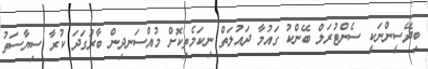
ބިދޭސީންނަކީ ސެންޓުރަލް ބޭންކު ގައުމާ ދައުލަތް ނިކަމެތިކޮށް މުއްސަނދިން ބާރުގަދަ ކުރާ ސިޔާސަތު